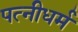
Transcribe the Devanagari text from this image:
पत्‍नीधर्म